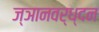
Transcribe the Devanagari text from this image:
ज्ञानवर्ध्दन